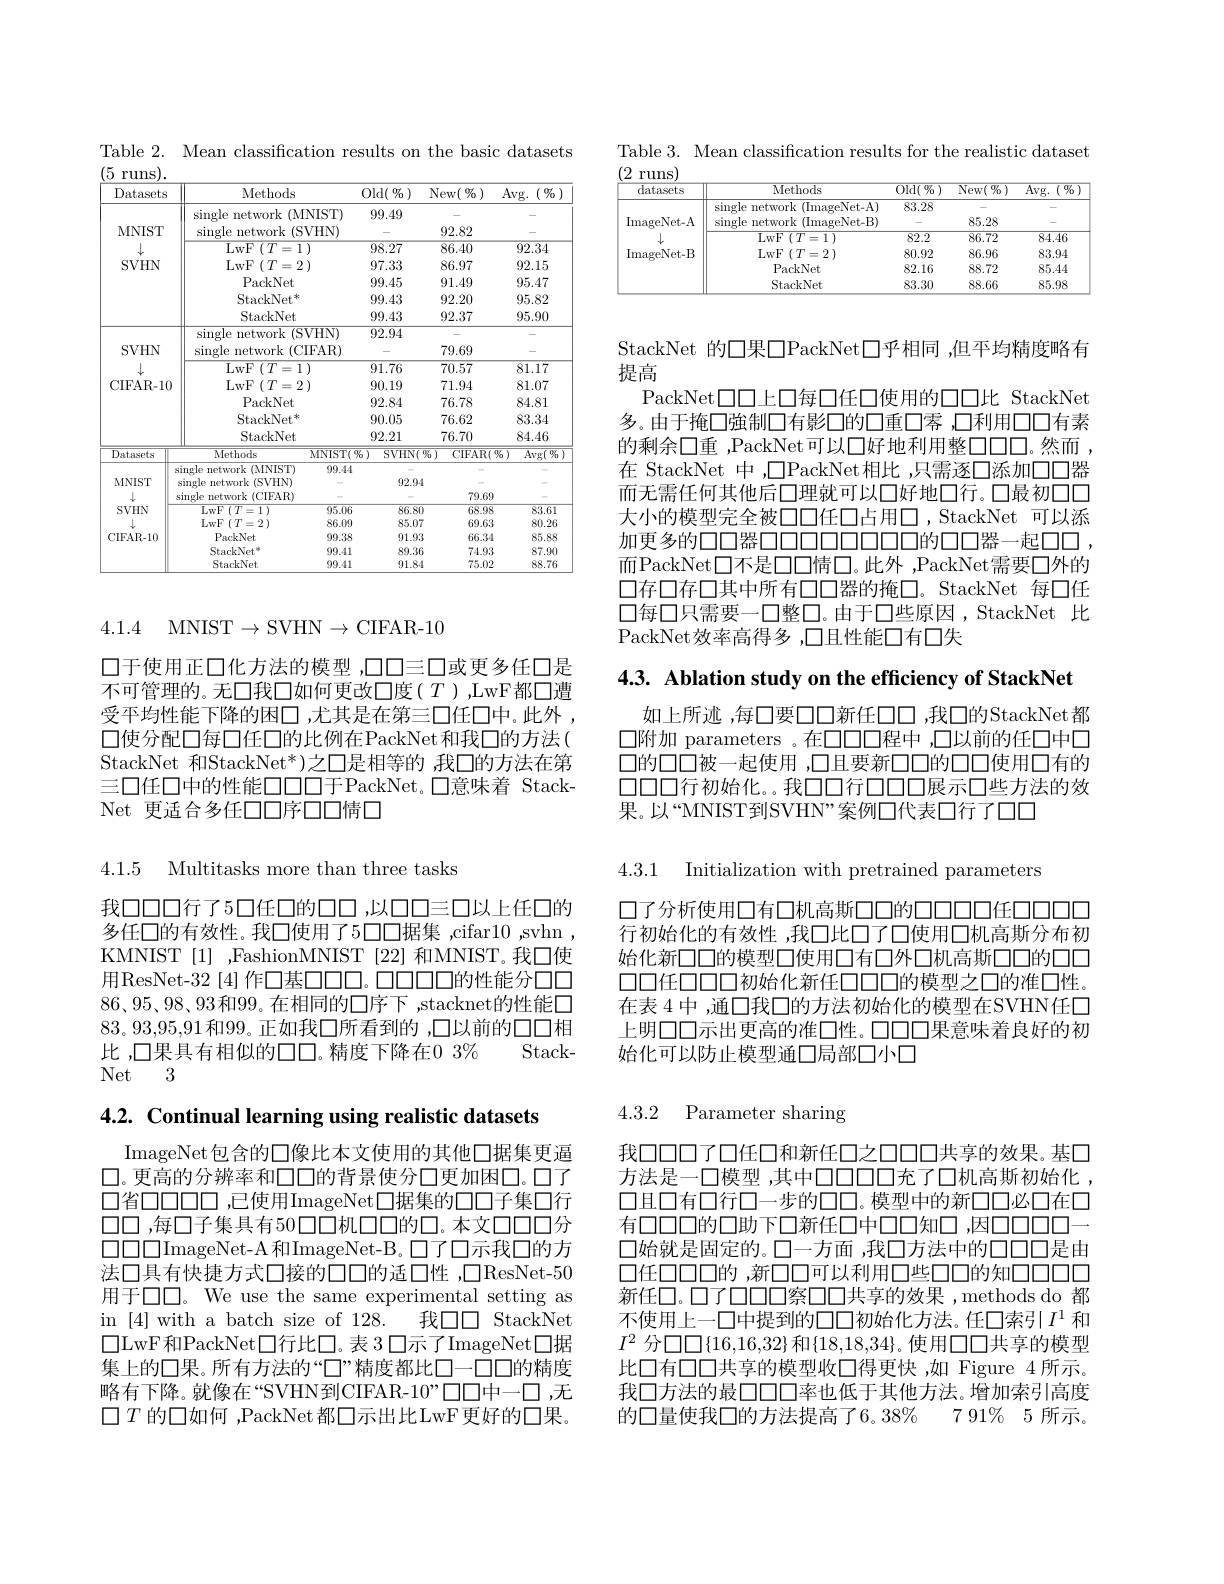
Table 2. Mean classification results on the basic datasets

<table>
	<tbody>
		<tr>
			<th>Datasets</th>
			<th colspan="2">Methods</th>
			<th>$1(\begin{smallmatrix}0&0\\0&0\end{smallmatrix})$</th>
			<th>[ew( $\%$ )</th>
			<th>$(\begin{smallmatrix}0&0\\0&0\end{smallmatrix})$ $.Vg.$ 1</th>
		</tr>
		<tr>
			<td rowspan="7">MNIST SVHN</td>
			<td rowspan="2">single network · (MNIST) single met $rr$ $(SVHN)$</td>
			<td>$NIST)$</td>
			<td rowspan="2">99.49</td>
			<td> </td>
			<td> </td>
		</tr>
		<tr>
			<td>$VHN)$</td>
			<td>92.82</td>
			<td> </td>
		</tr>
		<tr>
			<td>LwF$\left ( T= 1\right .$</td>
			<td> </td>
			<td>3.27</td>
			<td>86.40</td>
			<td>$\overline{92.34}$</td>
		</tr>
		<tr>
			<td>LwF $(T=2$</td>
			<td> </td>
			<td>7.33</td>
			<td>86.97</td>
			<td>92.15</td>
		</tr>
		<tr>
			<td>PackNet</td>
			<td> </td>
			<td>9.45</td>
			<td>91.49</td>
			<td>95.47</td>
		</tr>
		<tr>
			<td>$\mathrm{StackNet}^{*}$</td>
			<td> </td>
			<td>9.43</td>
			<td>92.20</td>
			<td>95.82</td>
		</tr>
		<tr>
			<td>StackNet</td>
			<td> </td>
			<td>9.43</td>
			<td>92.37</td>
			<td>95.90</td>
		</tr>
		<tr>
			<td> </td>
			<td rowspan="1">single network $\propto($SVHN)</td>
			<td>$\overline{VHN})$</td>
			<td>2.94</td>
			<td> </td>
			<td> </td>
		</tr>
		<tr>
			<td rowspan="5">$SVHN$ 1 CIFAR-10</td>
			<td>$\sin gle$ network $(C.$ 1</td>
			<td>FAR)</td>
			<td rowspan="1"> </td>
			<td>79.69</td>
			<td> </td>
		</tr>
		<tr>
			<td rowspan="1">$\operatorname{LwF}\left(T=1\right)$</td>
			<td> </td>
			<td rowspan="1">91.76</td>
			<td>70.57</td>
			<td>81.17</td>
		</tr>
		<tr>
			<td rowspan="1">PackNet</td>
			<td> </td>
			<td>2.84</td>
			<td>76.78</td>
			<td>84.81</td>
		</tr>
		<tr>
			<td>StackNet* </td>
			<td> </td>
			<td>14</td>
			<td>76.62</td>
			<td>$k/$</td>
		</tr>
		<tr>
			<td rowspan="1">StackNet</td>
			<td> </td>
			<td>2.21</td>
			<td>76.70</td>
			<td>84.46</td>
		</tr>
		<tr>
			<td rowspan="2">Datasets</td>
			<td>$\overline{\text{Methods}}$</td>
			<td rowspan="1">$\overline{1s}$ MNIST(%)</td>
			<td rowspan="1">$124.\angle$</td>
			<td rowspan="1"> </td>
			<td>$\overline{\mathrm{Avg(~吸}}$</td>
		</tr>
		<tr>
			<td>single network $\kappa ($MNIST)</td>
			<td>99.44</td>
			<td rowspan="1">A</td>
			<td> </td>
			<td> </td>
		</tr>
		<tr>
			<td rowspan="7">MNISI SVHN CIFAR-10</td>
			<td>single network (SVHN)</td>
			<td> </td>
			<td>92.94</td>
			<td> </td>
			<td> </td>
		</tr>
		<tr>
			<td>$\sin$gle network (CIFAR)</td>
			<td> </td>
			<td> </td>
			<td>79.69</td>
			<td> </td>
		</tr>
		<tr>
			<td>LwF$\left ( T= 1\right )$</td>
			<td>95.06</td>
			<td>86.80</td>
			<td>68.98</td>
			<td>83.61</td>
		</tr>
		<tr>
			<td>$\operatorname{LwF}(T=2)$</td>
			<td>86.09</td>
			<td>85.07</td>
			<td>69.63</td>
			<td>80.26</td>
		</tr>
		<tr>
			<td>PackNet</td>
			<td>99.38</td>
			<td>91.93</td>
			<td>66.34</td>
			<td>85.88</td>
		</tr>
		<tr>
			<td>StackNet$^{*}$</td>
			<td>99.41</td>
			<td>89.36</td>
			<td>74.93</td>
			<td>87.90</td>
		</tr>
		<tr>
			<td>StackNet</td>
			<td>99.41</td>
			<td>91.84</td>
			<td>75.02</td>
			<td>88.76</td>
		</tr>
	</tbody>
</table>

4.1.4 MNIST$\to$SVHN$\to$CIFAR-10

口于使用正口化方法的模型 ,口口三口或更多任口是不可管理的。无口我口如何更改口度($T$),LwF都□遭受平均性能下降的困口，尤其是在第三口任口中。此外， 口使分配口每口任口的比例在PackNet 和我口的方法( StackNet 和StackNet*)之口是相等的 ,我口的方法在第三口任口中的性能口口口于PackNet。口意味着 StackNet 更适合多任口口序口口情口

4.1.5 Multitasks more than three tasks

我口口口行了5口任口的口，以口口三口以上任口的多任口的有效性。我口使用了5口口据集，cifar10,svhn KMNIST[1],FashionMNIST[22]和MNIST。我口使用ResNet-32 [4] 作口基口口口。口口口口的性能分口口$86、95、98、93$和99。在相同的口序下，stacknet的性能口83。93,95,91和99。正如我口所看到的 ,口以前的口口相比 ,口果具有相似的冂。精度下降在0 3%
Stack-
Net 3

4.2. Continual learning using realistic datasets

ImageNet包含的口像比本文使用的其他口据集更逼$\square$。更高的分辨率和口口的背景使分口更加困口。口了口省口口口口 ,已使用ImageNet□据集的口口子集口行口口 ,每口子集具有50口口机口口的口。本文口口口分$\square\square\square\square$ImageNet-A和ImageNet-B。$\square$了口示我口的方法口具有快捷方式口接的口口的适口性，口ResNet-50用于口口。We use the same experimental setting as in [4] with a batch size of 128. 我口口 StackNet $\square$LwF和PackNet口行此口。表 3 口示了ImageNet□据集上的口果。所有方法的“□”精度都比口—□□的精度略有下降。就像在“SVHN到CIFAR-10”口口中一口，无$\square T$ 的口如何 ,PackNet都$\square$示出比LwF更好的口果。

Table 3. Mean classification results for the realistic dataset

<table>
	<tbody>
		<tr>
			<th>datasets</th>
			<th>Methods</th>
			<th>$\overline{\mathrm{Old}(\%)}$</th>
			<th>$\overline{\mathrm{New(~9_0^{\prime})}}$</th>
			<th>$\overline{\mathrm{Avg.~(~9_{0}^{\prime}~)}}$</th>
		</tr>
		<tr>
			<td> </td>
			<td>single network (ImageNet- A)</td>
			<td>83.28</td>
			<td> </td>
			<td> </td>
		</tr>
		<tr>
			<td rowspan="5">$\operatorname{lmageNet-A}$ ImageNet- B</td>
			<td>single network (ImageNet-B)</td>
			<td> </td>
			<td>85.28</td>
			<td> </td>
		</tr>
		<tr>
			<td>$\overline{\mathrm{LwF}\left(T=1\right)}$</td>
			<td>$\overline{82.2}$</td>
			<td>$\overline{86.72}$</td>
			<td>$\overline{84.46}$</td>
		</tr>
		<tr>
			<td>LwF$\left ( T= 2\right )$</td>
			<td>80.92</td>
			<td>86.96</td>
			<td>83.94</td>
		</tr>
		<tr>
			<td>PackNet</td>
			<td>82.16</td>
			<td>88.72</td>
			<td>85.44</td>
		</tr>
		<tr>
			<td>StackNet</td>
			<td>83.30</td>
			<td>88.66</td>
			<td>85.98</td>
		</tr>
	</tbody>
</table>

StackNet 的口果口PackNet□乎相同，但平均精度略有
提高
PackNet$\square\square\square 上\square 每\square$任口使用的口口比 StackNet 多。由于掩口強制口有影口的口重口零 ,口利用口口有素的剩余口重 ,PackNet可以口好地利用整口口口。然而， 在 StackNet 中，$\square$PackNet相比 ,只需逐口添加口口器而无需任何其他后口理就可以口好地口行。口最初口口大小的模型完全被口口任口占用口，StackNet 可以添加更多的口口器口口口口口口口口的口口器一起口口， 而PackNet□不是口口情口。此外，PackNet需要口外的口存口存口其中所有口口器的掩口。StackNet 每口任口每口只需要一口整口。由于口些原因，StackNet 比PackNet效率高得多，口且性能口有口失

4.3. Ablation study on the efficiency of StackNet

如上所述，每口要口口新任口口，我口的StackNet都口附加 parameters 。在口口口程中 ,口以前的任口中口口的口口被一起使用 ,口且要新口口的口口使用口有的口口口口行初始化。我口口行口口口展示口些方法的效果。以“MNIST到SVHN”案例口代表口行了口口

4.3.1 Initialization with pretrained parameters

口了分析使用口有口机高斯口口的口口口任口口口行初始化的有效性，我口比口了口使用口机高斯分布初始化新口口的模型口使用口有口外口机高斯口口的口口口口任口口口初始化新任口口口的模型之口的准口性。在表 4 ,通口我口的方法初始化的模型在SVHN任口上明口口示出更高的准口性。口口口果意味着良好的初始化可以防止模型通口局部口小口

## 4.3.2 Parameter sharing

我口口口了口任口和新任口之口口口共享的效果。基口方法是一口模型 ,其中口口口口口充了口机高斯初始化 , 口且口有口行口一步的口口。模型中的新口口必口在口有口口口的口助下口新任口中口口知口，因口口口一$\square$始就是固定的。口一方面 ,我口方法中的口口口是由口任口口口的 ,新口口可以利用口些口口的知口口口口新任口。口了口口口察口口共享的效果，methods do 都不使用上一口中提到的口口初始化方法。任口索引$I^1$ 和$I^2$分口口{16,16,32}和{18,18,34}。使用◯共享的模型此口有口口共享的模型收口得更快，如 Figure 4所示。我口方法的最口口口率也低于其他方法。增加索引高度的口量使我口的方法提高了6。38% 7 91% 5 所示。